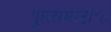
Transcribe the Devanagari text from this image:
गुप्तसम्राटांचा